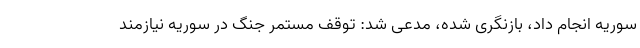
سوریه انجام داد، بازنگری شده، مدعی شد: توقف مستمر جنگ در سوریه نیازمند